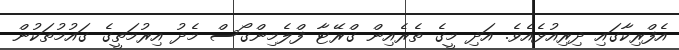
އެފްރިކާގައި ދިރިއުޅެއެވެ. އަދި މީގެ ތެރެއިން ގްރޭޓާ ފްލެމިންގޯސް މެދު އިރުމަތީގެ ގައުމުތަކުން